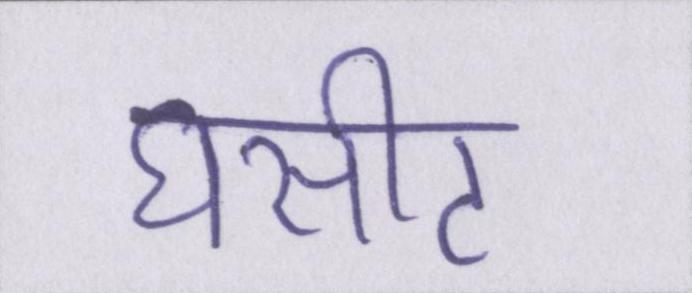
घसीट